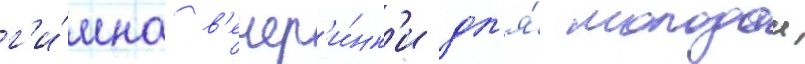
г'и́мна в'ечер'и́нк'и дл'я́ молодои